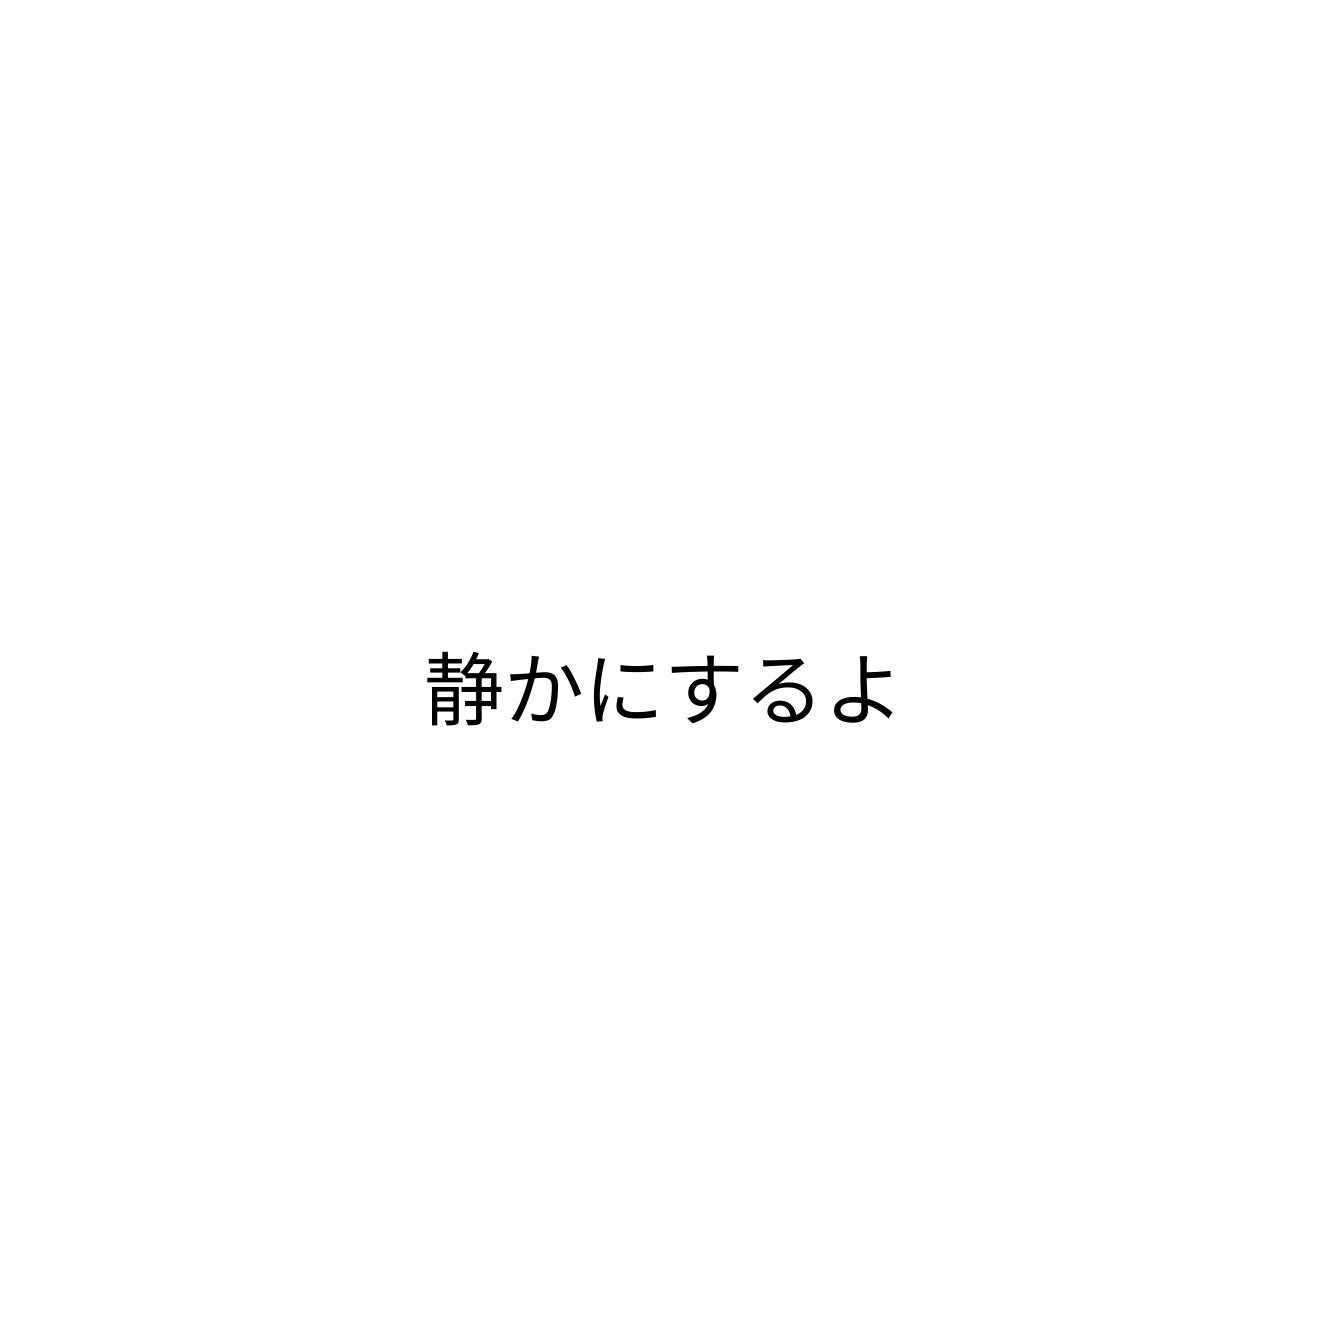
静かにするよ